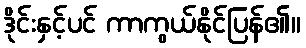
ဒိုင်းနှင့်ပင် ကာကွယ်နိုင်ပြန်၏။